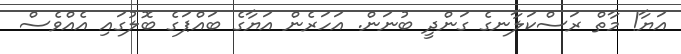
އަޔާ! މާތް ރަސްކަލާނގެ ގަންދީ ބުނަން. އަހަރެން އަޔާގެ ބައްޕަގެ ބޮލުގައި އެއްވެސް